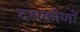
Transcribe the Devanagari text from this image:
दसकोणों